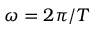
\omega = 2 \pi / T